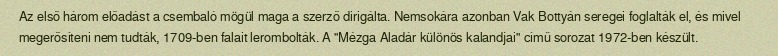
Az első három előadást a csembaló mögül maga a szerző dirigálta. Nemsokára azonban Vak Bottyán seregei foglalták el, és mivel megerősíteni nem tudták, 1709-ben falait lerombolták. A "Mézga Aladár különös kalandjai" című sorozat 1972-ben készült.